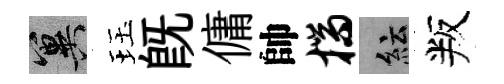
冀珏旣傭帥揣紜叛